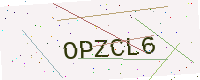
Text: OPZCL6